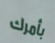
بأمرك